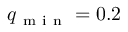
q _ { \mathrm { ~ m ~ i ~ n ~ } } = 0 . 2